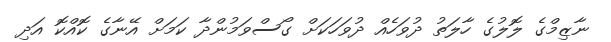
ނާޒިމްގެ ލޮލުގެ ހާލަތު ދުވަހެއް ދުވަހަކަށް ގޯސްވަމުންދާ ކަމަށް އޭނާގެ ކޮއްކޮ އަދި